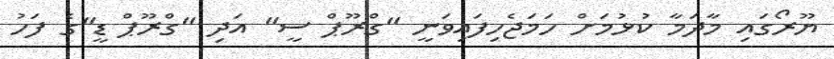
ޔޫރޯގައި މާދަމާ ކުޅުމަށް ހަމަޖެހިފައިވަނީ "ގްރޫޕް ސީ" އަދި "ގްރޫޕް ޑީ"ގެ ފަހު